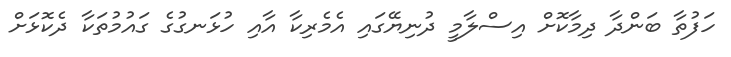
ހަފުތާ ބަންދާ ދިމާކޮށް އިސްލާމީ ދުނިޔޭގައި އެމެރިކާ އާއި ހުޅަނގުގެ ގައުމުތަކާ ދެކޮޅަށް